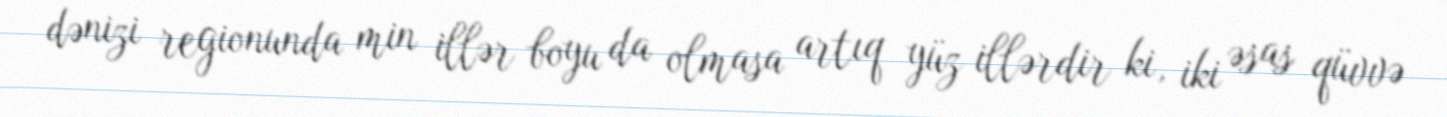
dənizi regionunda min illər boyu da olmasa artıq yüz illərdir ki, iki əsas qüvvə